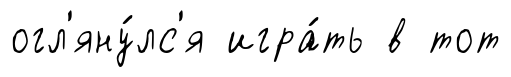
огл'яну́лс'я игра́ть в тот